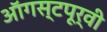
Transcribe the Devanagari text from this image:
ऑगस्टपूर्वी